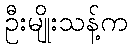
ဦးမျိုးသန့်က